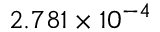
2 . 7 8 1 \times 1 0 ^ { - 4 }